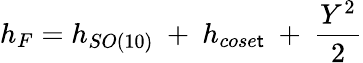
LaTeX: h_{F}=h_{SO(10)}\ +\ h_{cose\mathsf{t}}\ +\ {\frac{{Y^{2}}}{{2}}}